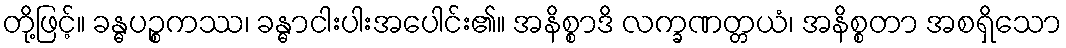
တို့ဖြင့်။ ခန္ဓပဉ္စကဿ၊ ခန္ဓာငါးပါးအပေါင်း၏။ အနိစ္စာဒိ လက္ခဏတ္တယံ၊ အနိစ္စတာ အစရှိသော